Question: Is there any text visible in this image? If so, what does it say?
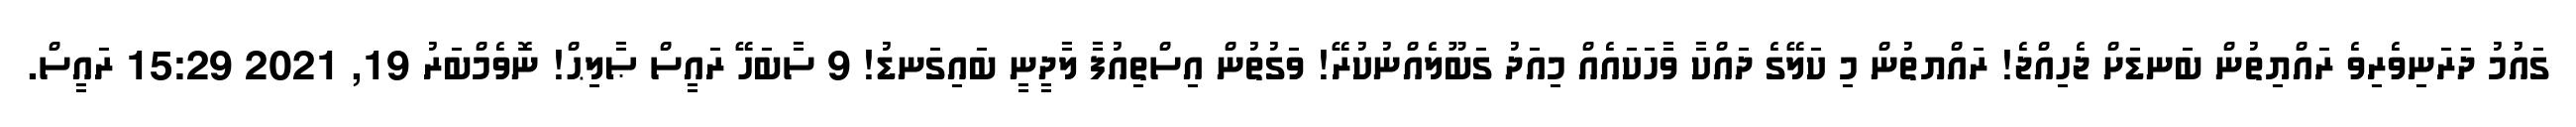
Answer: ގައުމު ދަރަނިވެރިވެ ރައްޔިތުން ބަނޑަށް ޖެހިއްޖެ! ރައްޔތުން މި ކަލޭގެ ދައްކާ ވާހަކައެއް މިއަދު ގަބޫލެއްނުކުރޭ! ވަގުތުން އިސްތިއުފާ ލާދީނީ ބައިގަނޑު! 9 ސާބަހޭ ރައީސް ޞާލިޙް! ނޮވެމްބަރު 19, 2021 15:29 ރައީސް.